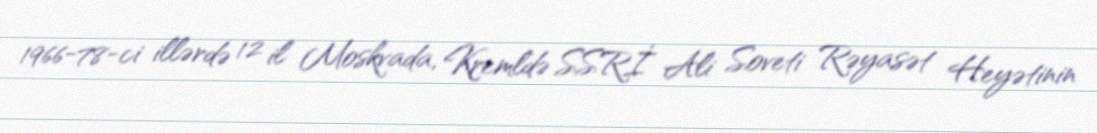
1966-78-ci illərdə 12 il Moskvada, Kremldə SSRİ Ali Soveti Rəyasət Heyətinin